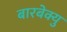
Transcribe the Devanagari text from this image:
बारबेक्यु